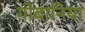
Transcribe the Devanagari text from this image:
गोबानिया